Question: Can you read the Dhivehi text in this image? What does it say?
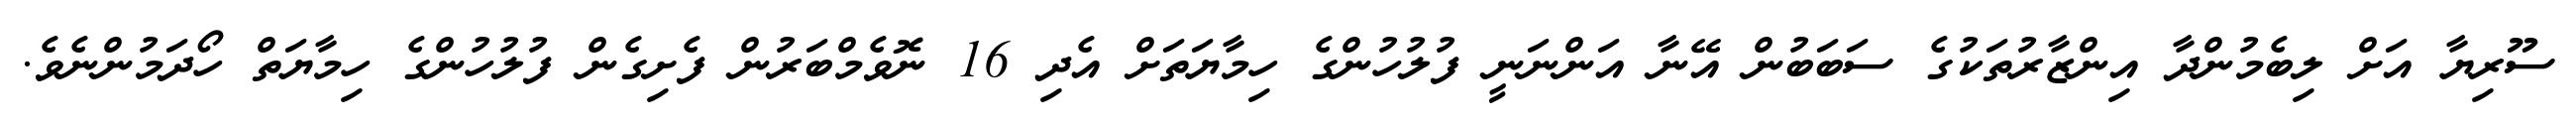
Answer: ސޫރިޔާ އަށް ލިބެމުންދާ އިންޒާރުތަކުގެ ސަބަބުން އޭނާ އަންނަނީ ފުލުހުންގެ ހިމާޔަތަށް އެދި 16 ނޮވެމްބަރުން ފެށިގެން ފުލުހުންގެ ހިމާޔަތް ހޯދަމުންނެވެ.